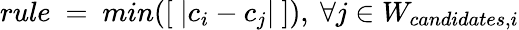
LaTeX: rule\ =\ min([\ |c_{i}-c_{j}|\ ]),\ \forall j\in W_{candidates,i}